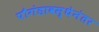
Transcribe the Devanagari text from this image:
पौगंडावस्थेनंतर